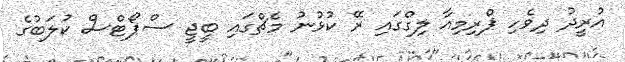
އުރީދު ދިވެހި ޕްރިމިއާ ލިގްގައި ރޭ ކުޅުނު މެޗްގައި ބީޖީ ސްޕޯޓްސް ކުލަބުގެ